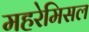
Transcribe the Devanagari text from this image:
महरेमिसल